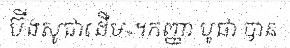
ប៊ីងសូជាដើម»។កញ្ញា បូផា បាន